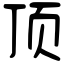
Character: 顶